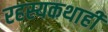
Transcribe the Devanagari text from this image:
रहस्यकथाही